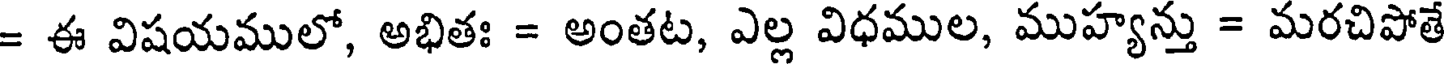
= ఈ విషయములో, అభితః = అంతట, ఎల్ల విధముల, ముహ్యన్తు = మరచిపోతే